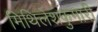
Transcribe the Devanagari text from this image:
मिथिलेशकुमारी